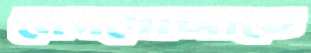
মেনদোজাতে